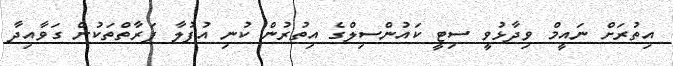
އިތުރަށް ނައީމް ވިދާޅުވީ ސިޓީ ކައުންސިލްގެ އިތުރުން ކުނި އުފުލާ ފަރާތްތަކުން ގަވާއިދާ